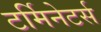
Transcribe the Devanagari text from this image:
टर्मिनेटर्स